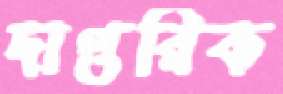
দাপ্তরিক